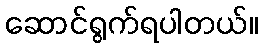
ဆောင်ရွက်ရပါတယ်။